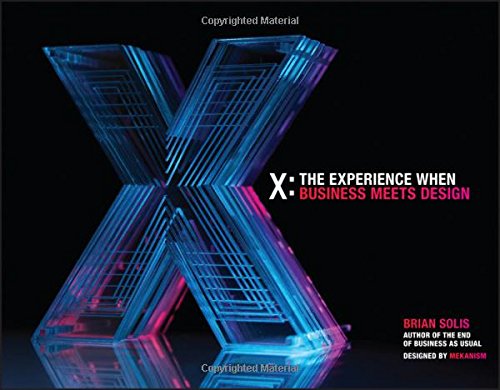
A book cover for X: The Experience When Business Meets Design; Brian Solis; Computers & Technology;